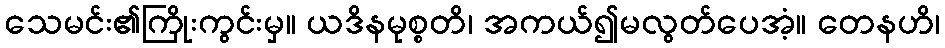
သေမင်း၏ကြိုးကွင်းမှ။ ယဒိနမုစ္စတိ၊ အကယ်၍မလွတ်ပေအံ့။ တေနဟိ၊